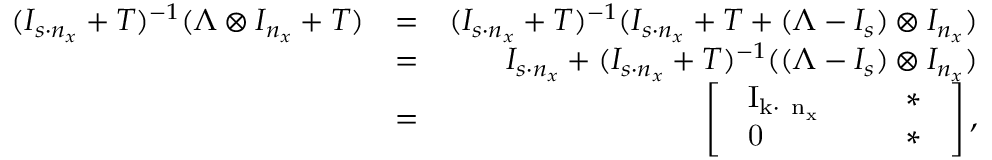
\begin{array} { r l r } { ( I _ { s \cdot n _ { x } } + T ) ^ { - 1 } ( \Lambda \otimes I _ { n _ { x } } + T ) } & { = } & { ( I _ { s \cdot n _ { x } } + T ) ^ { - 1 } ( I _ { s \cdot n _ { x } } + T + ( \Lambda - I _ { s } ) \otimes I _ { n _ { x } } ) } \\ & { = } & { I _ { s \cdot n _ { x } } + ( I _ { s \cdot n _ { x } } + T ) ^ { - 1 } ( ( \Lambda - I _ { s } ) \otimes I _ { n _ { x } } ) } \\ & { = } & { \left[ \begin{array} { l l l } { \mathrm { \large { ~ I _ { k \cdot ~ n _ x } ~ } } } & & { \mathrm { \large ~ \ast ~ } } \\ { \mathrm { \large { ~ 0 ~ } } } & & { \mathrm { \large ~ \ast ~ } } \end{array} \right] , } \end{array}